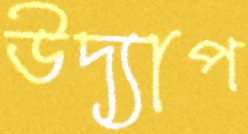
উদ্যাপ